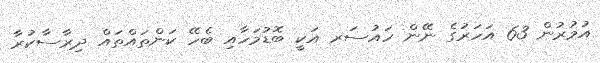
އުމުރުން 63 އަހަރުގެ ނޭން ހައުސަރ އަކީ ބޮޑުމަހާއި ބެހޭ ކަންތައްތައް ދިރާސާކުރާ